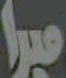
ميرا